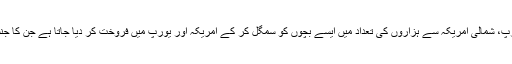
ہر سال ایشیاء، مشرقی یورپ، شمالی امریکہ سے ہزاروں کی تعداد میں ایسے بچوں کو سمگل کر کے امریکہ اور یورپ میں فروخت کر دیا جاتا ہے جن کا جنسی استحصال کیا جاتا ہے۔